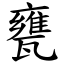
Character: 甕